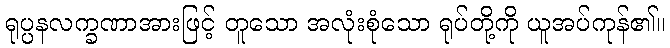
ရုပ္ပနလက္ခဏာအားဖြင့် တူသော အလုံးစုံသော ရုပ်တို့ကို ယူအပ်ကုန်၏။